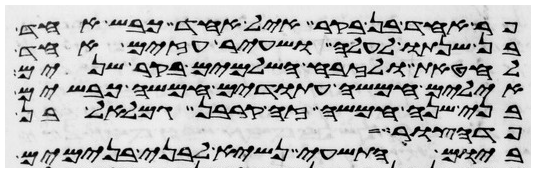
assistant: פר אחד בן בקר איל אחד כבש אחד
בן שנתו לעלה ושעיר עזים אחד
לחטאת ולזבח השלמים בקר שנים
אילים חמשה עתודים חמשה כבשים
בני שנה חמשה זה קרבן גמלאל בן
פדהצור
ביום התשעי נשיא לבני בנימים